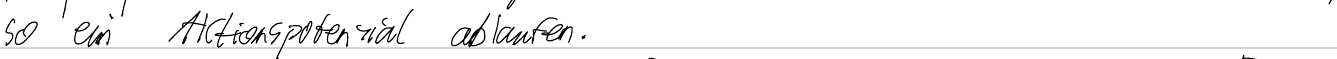
so ein Aktionspotenzial ablaufen.